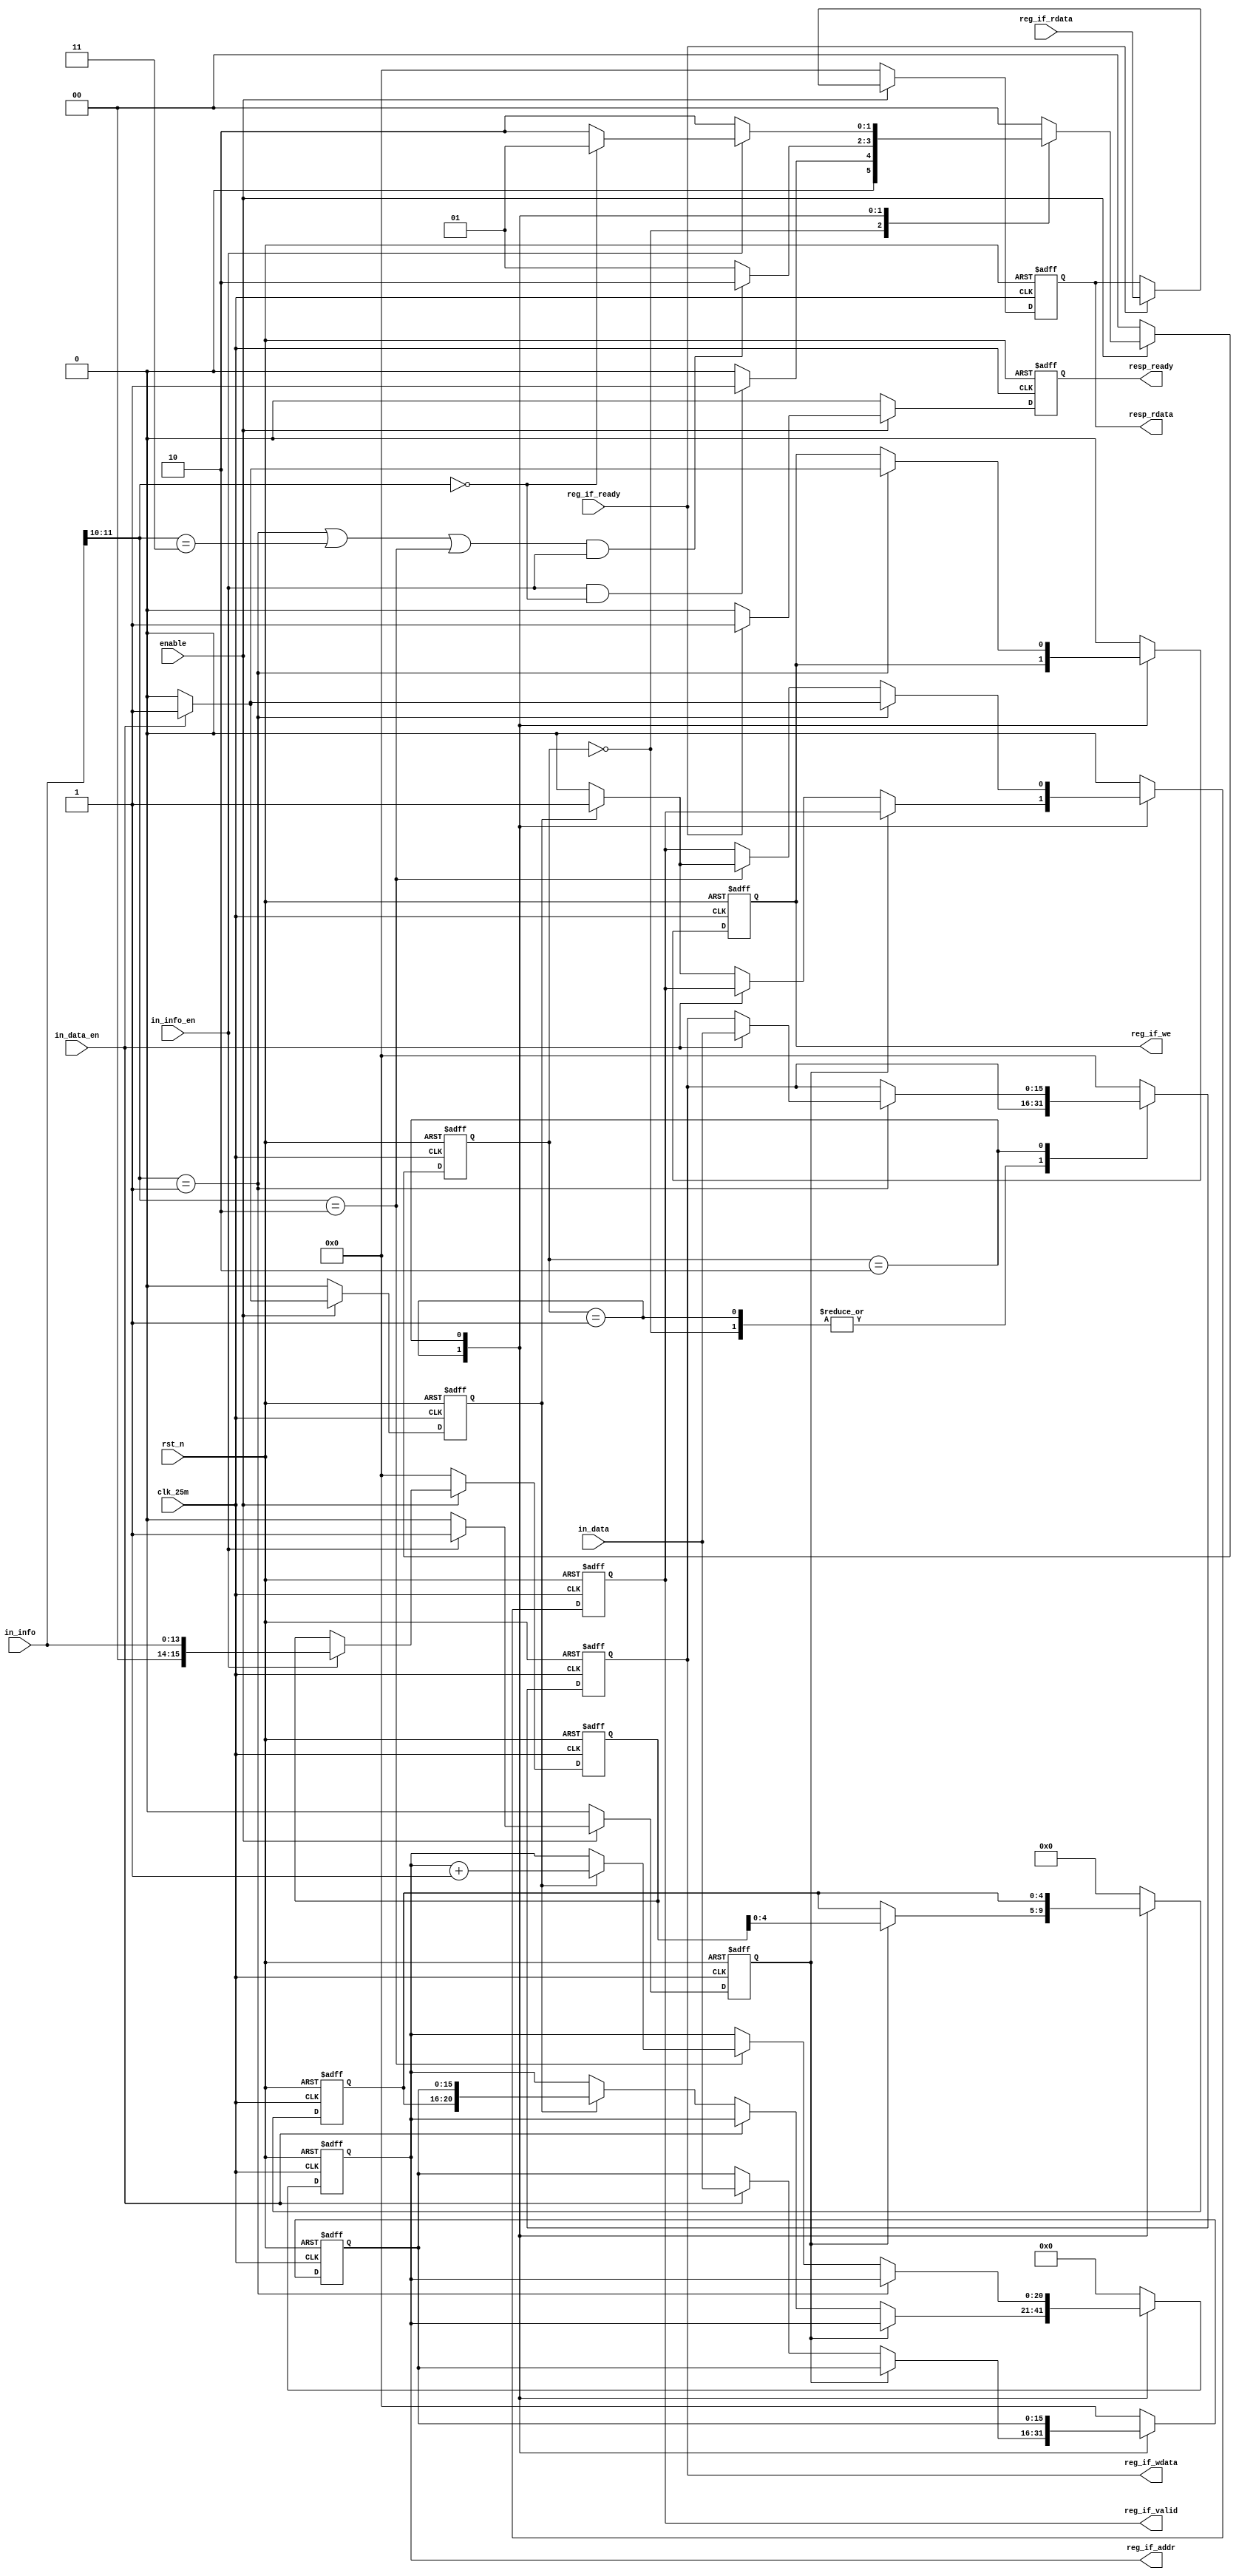
// ------------------------------------------------------------------------
//
//                     JLSemi
//                     Shanghai, China
//                     Name :
//                     Email:
//
// ------------------------------------------------------------------------
// ------------------------------------------------------------------------
//  Revision History:1.0
//  Date          By            Revision    Change Description
//-------------------------------------------------------------------------
//  2024-02-08                  1.0         mdio_slave_45_backend
// ------------------------------------------------------------------------
// ------------------------------------------------------------------------
`timescale 1ns/1ns
module mdio_slave_45_backend
(
    input   wire            clk_25m,
    input   wire            rst_n,

    input   wire            enable,

    input   wire    [13:0]  in_info,
    input   wire            in_info_en,
    input   wire    [15:0]  in_data,
    input   wire            in_data_en,

    input   wire    [15:0]  reg_if_rdata,
    input   wire            reg_if_ready,

    output  reg     [20:0]  reg_if_addr,
    output  reg     [15:0]  reg_if_wdata,
    output  reg             reg_if_valid,
    output  reg             reg_if_we,

    output  reg     [15:0]  resp_rdata,
    output  reg             resp_ready

);

    localparam  IDLE = 2'd0,
                ADDR = 2'd1,
                DATA = 2'd2;

    reg     [1:0]   state;
    reg     [1:0]   next_state;

    reg     [15:0]  info;
    reg             info_en;
    reg             data_en;
    reg     [4:0]   dev_addr;
    reg     [15:0]  reg_addr;
    reg     [1:0]   OP_code;

    wire            addr_op;
    wire            wr_op;
    wire            rd_op;
    wire            read_incr;

    assign addr_op      = in_info[11:10] == 2'b00;
    assign wr_op        = in_info[11:10] == 2'b01;
    assign rd_op        = in_info[11:10] == 2'b11;
    assign read_incr    = in_info[11:10] == 2'b10;

    always @(posedge clk_25m or negedge rst_n)
    begin
        if (!rst_n) begin
            info    <= 14'b0;
            info_en <= 1'b0;
        end
        else if (!enable) begin
            info    <= 14'b0;
            info_en <= 'b0;
        end
        else if (in_info_en) begin
            info    <= in_info;
            info_en <= 1'b1;
        end
        else begin
            info    <= info;
            info_en <= 1'b0;
        end
    end

    always @(posedge clk_25m or negedge rst_n)
    begin
        if (!rst_n)
            data_en <= 1'b0;
        else if (!enable)
            data_en <= 1'b0;
        else if (in_data_en)
            data_en <= 1'b1;
        else
            data_en <= 1'b0;
    end

    /* -----------------------------
      FSM
     ---------------------------- */
    always @(posedge clk_25m or negedge rst_n)
    begin
        if (!rst_n)
            state <= IDLE;
        else if (!enable)
            state <= IDLE;
        else
            state <= next_state;
    end

    always @(*)
    begin
        case (state)
            IDLE :
                if (in_info_en && addr_op)
                    next_state = ADDR; // first frame must be addr
                else
                    next_state = IDLE;
    
            ADDR :
                if ((wr_op || rd_op || read_incr) && in_info_en)
                    next_state = DATA;
                else
                    next_state = ADDR;
    
            DATA :
                if (in_info_en) begin
                    if (addr_op)
                        next_state = ADDR;
                    else
                        next_state = DATA;
                end
                else
                    next_state = DATA;
    
            default : next_state = IDLE;
        endcase
    end

    always @(posedge clk_25m or negedge rst_n)
    begin
        if (!rst_n) begin
            reg_if_addr     <= 21'b0;
            reg_if_valid    <=  1'b0;
            reg_if_wdata    <= 16'b0;
            reg_if_we       <=  1'b0;
            dev_addr        <=  5'b0;
            reg_addr        <= 16'b0;
        end
        else
        begin
            case (state)
                IDLE:
                    begin
                        reg_if_addr     <= 21'b0;
                        reg_if_valid    <=  1'b0;
                        reg_if_wdata    <= reg_if_wdata;
                        reg_if_we       <=  1'b0;
                        dev_addr        <=  5'b0;
                        reg_addr        <= 16'b0;
                    end

                ADDR:
                    begin
                        if (info_en)
                            dev_addr <= info[4:0];
                        else if (in_data_en)
                            reg_addr <= in_data[15:0];
                        else if (data_en) begin
                            reg_if_addr  <= { dev_addr, reg_addr };
                            reg_if_valid <= 1'b1;
                        end
                        else
                            reg_if_valid <= 1'b0;
                    end

                DATA:
                    begin
                        if (wr_op) begin
                            if (in_data_en) begin
                                reg_if_valid <= 1'b1;
                                reg_if_we    <= 1'b1;
                                reg_if_wdata <= in_data;
                            end
                            else begin
                                reg_if_valid <= 1'b0;
                                reg_if_we    <= 1'b0;
                            end
                        end
                        else if (read_incr) begin
                            if (data_en) begin
                                reg_if_valid <= 1'b1;
                                reg_if_addr  <= reg_if_addr + 1'd1;
                            end
                            else begin
                                reg_if_valid <= 1'b0;
                            end
                        end
                    end

                default:
                    begin
                        reg_if_addr     <= 21'b0;
                        reg_if_valid    <=  1'b0;
                        reg_if_wdata    <= 16'b0;
                        reg_if_we       <=  1'b0;
                        dev_addr        <=  5'b0;
                        reg_addr        <= 16'b0;
                    end
            endcase
        end
    end

    always @(negedge clk_25m or negedge rst_n)
    begin
        if (!rst_n) begin
            resp_rdata <= 16'b0;
            resp_ready <= 1'b0;
        end
        else if (!enable) begin
            resp_rdata <= 16'b0;
            resp_ready <= 1'b0;
        end
        else if (reg_if_ready) begin
            resp_rdata <= reg_if_rdata;
            resp_ready <= 1'b1;
        end
        else begin
            resp_ready <= 1'b0;
        end
    end

endmodule